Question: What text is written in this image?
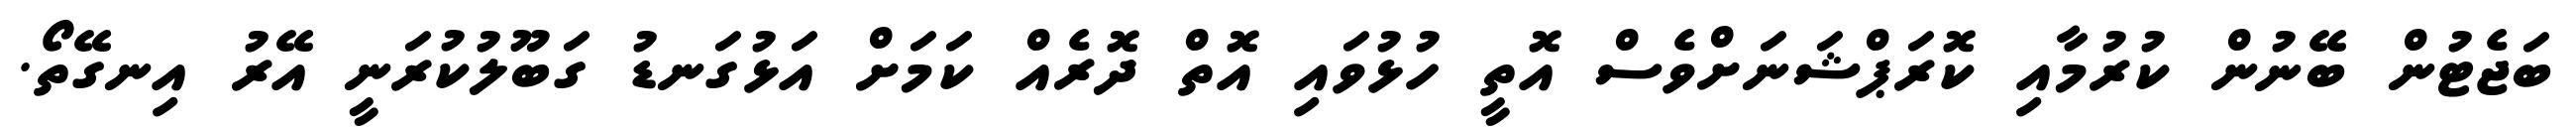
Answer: ބަޖެޓުން ބޭނުން ކުރުމާއި ކޮރަޕްޝަނަށްވެސް އޮތީ ހުޅުވައި އޮތް ދޮރެއް ކަމަށް އަޅުގަނޑު ގަބޫލުކުރަނީ އޭރު އިނގޭތޯ.